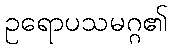
ဥရောပသမဂ္ဂ၏